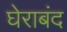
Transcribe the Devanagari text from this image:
घेराबंद